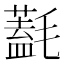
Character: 𣰛